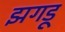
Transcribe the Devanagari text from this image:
झगडू